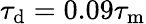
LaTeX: \tau_{\mathrm{d}}=0.09\tau_{\mathrm{m}}